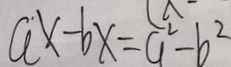
a x - b x = a ^ { 2 } - b ^ { 2 }